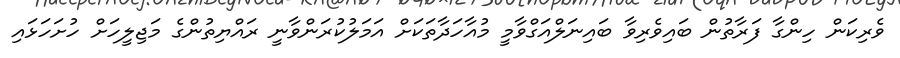
ވެރިކަން ހިންގާ ފަރާތުން ބައިވެރިވާ ބައިނަލްއަގްވާމީ މުއާހަދާތަކަށް އަމަލުކުރަންވާނީ ރައްޔިތުންގެ މަޖިލީހަށް ހުށަހަޅައި